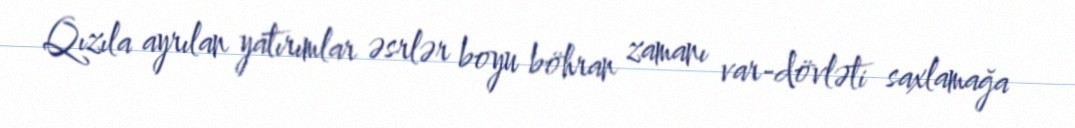
Qızıla ayrılan yatırımlar əsrlər boyu böhran zamanı var-dövləti saxlamağa